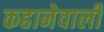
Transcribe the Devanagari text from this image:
कहानेवाली